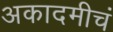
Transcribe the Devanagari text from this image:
अकादमीचं